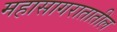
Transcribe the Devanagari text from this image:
महासागरातातील